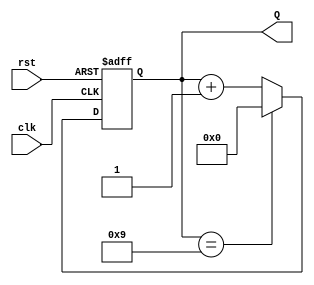
module decade_counter (
    input wire clk,      // Clock signal
    input wire rst,      // Asynchronous reset
    output reg [3:0] Q   // 4-bit output count
);

// Always block to handle the counter operation
always @(posedge clk or posedge rst) begin
    if (rst) begin
        Q <= 4'b0000; // Reset the counter to 0
    end else if (Q == 4'b1001) begin
        Q <= 4'b0000; // Reset the counter to 0 when it reaches 9
    end else begin
        Q <= Q + 1;   // Increment the counter
    end
end

endmodule